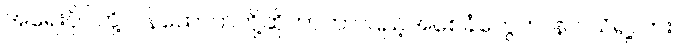
အရေးပိုင်တို့၊ ဝန်ထောက်တို့ဆိုတာဟာ ပြည့်အစေခံတွေဟ၊ နင် သိရဲ့လား။